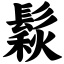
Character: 鬏